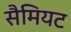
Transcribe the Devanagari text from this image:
सैमियट